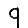
Digit: 9